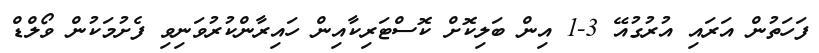
ފަހަތުން އަރައި އުރުގުއޭ 3-1 އިން ބަލިކޮށް ކޮސްޓަރިކާއިން ހައިރާންކުރުވަނިވި ފެށުމަކުން ވޯލްޑް